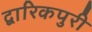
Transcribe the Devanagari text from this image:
द्वारिकपुरी